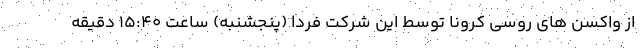
از واکسن های روسی کرونا توسط این شرکت فردا (پنجشنبه) ساعت ١٥:٤٠ دقیقه